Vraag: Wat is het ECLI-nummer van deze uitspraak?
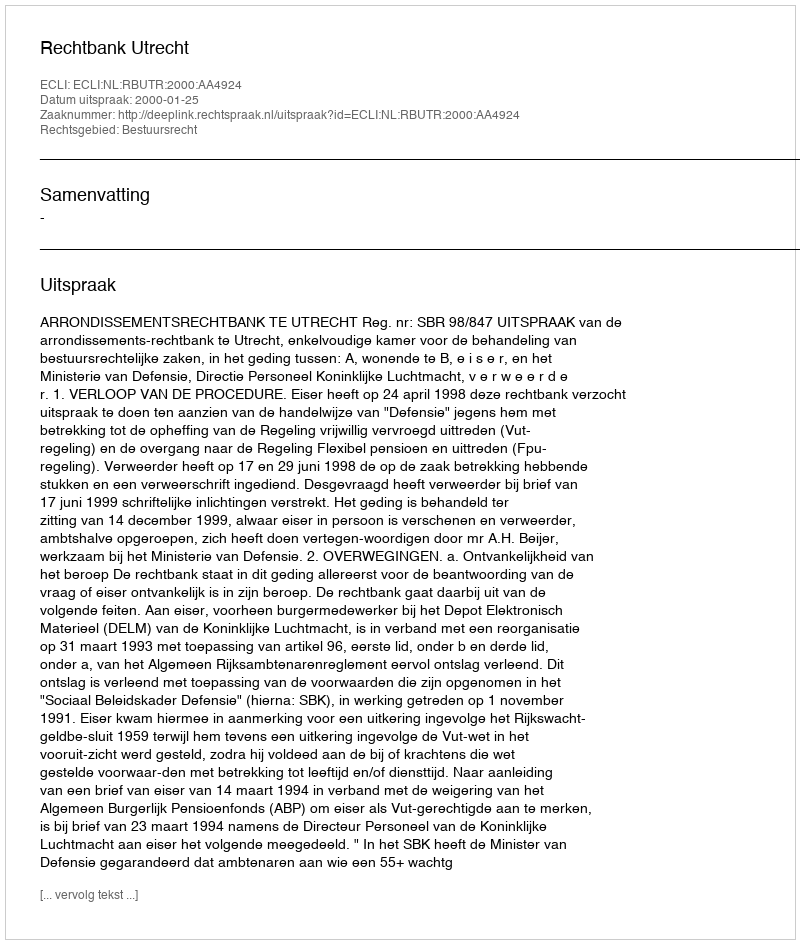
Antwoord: ECLI:NL:RBUTR:2000:AA4924